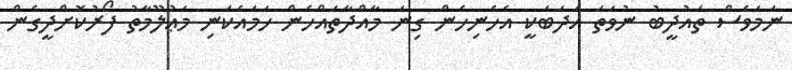
ނަމަވެސް ތައުދީބު ނުވަތަ އަދަބަކީ އެހެނިހެން ގިނަ މާއްދާތައްހެން ހަމައެކަނި މަޢުލޫމާތު ފޯރުކޮށްދީގެން